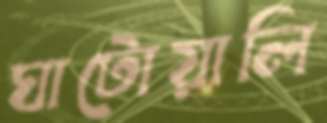
ঘাটোয়ালি